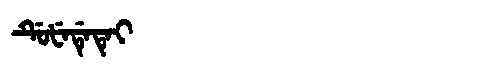
Manchu: ᡩᡠᡶᡝᡩᡝᡨᡝᡳ
Romanization: DUFEDETEI